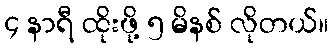
၄ နာရီ ထိုးဖို့ ၅ မိနစ် လိုတယ်။